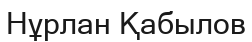
Нұрлан Қабылов